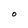
Character: O